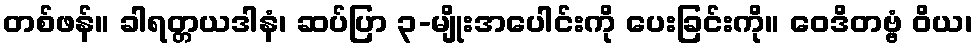
တစ်ဖန်။ ခါရတ္တယဒါနံ၊ ဆပ်ပြာ ၃-မျိုးအပေါင်းကို ပေးခြင်းကို။ ဝေဒိတဗ္ဗံ ဝိယ၊